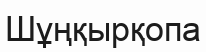
Шұңқырқопа